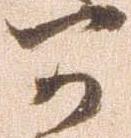
可